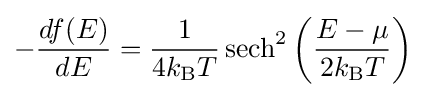
-{\frac {df(E)}{dE}}={\frac {1}{4k_{\rm {B}}T}}\operatorname {sech} ^{2}\left({\frac {E-\mu }{2k_{\rm {B}}T}}\right)